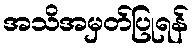
အသိအမှတ်ပြုရန်